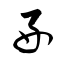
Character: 好